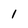
Character: 1